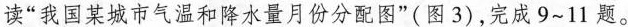
读”我国某城市气温和降水量月份分配图”(图3)，完成9~11题。